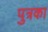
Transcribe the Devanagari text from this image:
पुत्रका